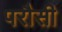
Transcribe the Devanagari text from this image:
परौसी